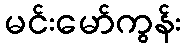
မင်းမော်ကွန်း